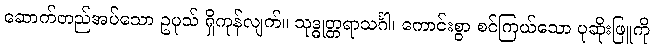
ဆောက်တည်အပ်သော ဥပုသ် ရှိကုန်လျက်။ သုဒ္ဓုတ္တရာသင်္ဂါ၊ ကောင်းစွာ စင်ကြယ်သော ပုဆိုးဖြူကို